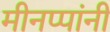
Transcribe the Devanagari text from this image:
मीनप्पांनी